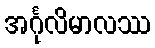
အင်္ဂုလိမာလဿ